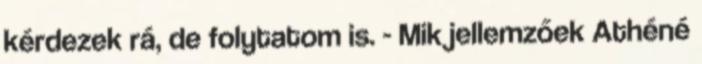
kérdezek rá, de folytatom is. - Mik jellemzőek Athéné